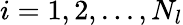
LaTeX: i=1,2,...,N_{l}